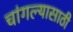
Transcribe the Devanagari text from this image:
चांगल्यासाठी